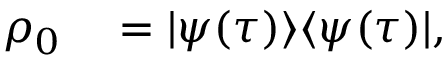
\begin{array} { r l } { \rho _ { 0 } } & { { } = | \psi ( \tau ) \rangle \langle \psi ( \tau ) | , } \end{array}